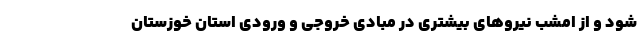
شود و از امشب نیروهای بیشتری در مبادی خروجی و ورودی استان خوزستان